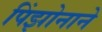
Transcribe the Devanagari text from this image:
पिंझोनाने